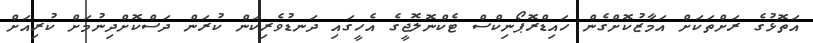
އަތޮޅުގެ ރަށްތަކަށް އަމާޒުކޮށްގެން ހައިޑްރޮޕޯނިކްސް ޓެކްނޮލޮޖީގެ އެހީގައި ދަނޑުވެރިކަން ކުރަން ދަސްކޮށްދިނުމަށް ކުރިއަށް